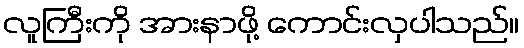
လူကြီးကို အားနာဖို့ ကောင်းလှပါသည်။